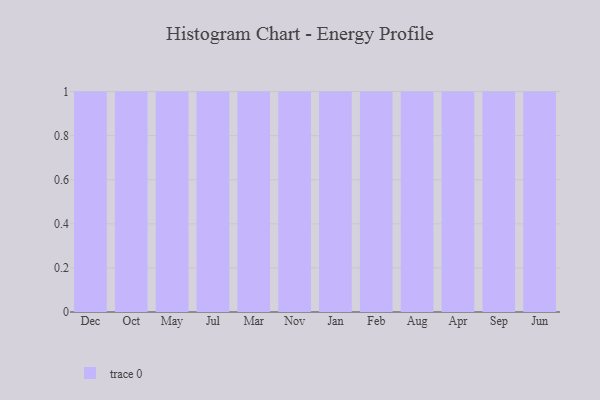
{"axis": {"x": "Month", "y": "Population (Million)"}, "legend": [""], "data": [{"x": "Dec", "y": 21, "type": ""}, {"x": "Oct", "y": 95, "type": ""}, {"x": "May", "y": 72, "type": ""}, {"x": "Jul", "y": 5, "type": ""}, {"x": "Mar", "y": 45, "type": ""}, {"x": "Nov", "y": 1, "type": ""}, {"x": "Jan", "y": 45, "type": ""}, {"x": "Feb", "y": 89, "type": ""}, {"x": "Aug", "y": 97, "type": ""}, {"x": "Apr", "y": 34, "type": ""}, {"x": "Sep", "y": 98, "type": ""}, {"x": "Jun", "y": 13, "type": ""}]}